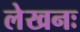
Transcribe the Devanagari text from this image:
लेखनः